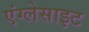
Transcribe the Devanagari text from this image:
एंग्लेसाइट